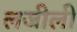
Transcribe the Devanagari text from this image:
लजीली